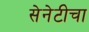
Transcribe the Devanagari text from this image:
सेनेटीचा